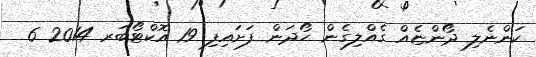
ކަންނެލި ދޯންޏެއް ގެއްލިގެން ހޯދަން ފަށައިފި 19 އޮކްޓޯބަރ 2014 6